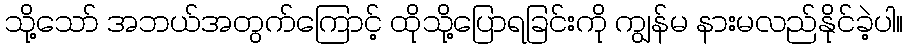
သို့သော် အဘယ်အတွက်ကြောင့် ထိုသို့ပြောရခြင်းကို ကျွန်မ နားမလည်နိုင်ခဲ့ပါ။